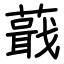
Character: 蕺